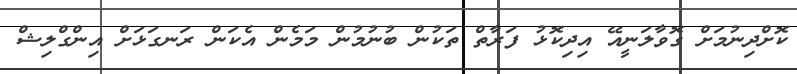
ކޮށްދިނުމަށް ގޮވާލަަނީއޭ އިދިކޮޅު ފަރާތް ތަކުން ބުނުމުން މަމެން އެކަން ރަނގަޅަށް އިންގްލިޝް